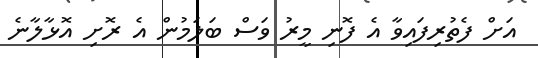
އަށް ފެތުރިފައިވާ އެ ފޮނި މީރު ވަސް ބަލަމުން އެ ރޮށި އޮޅާލާނެ